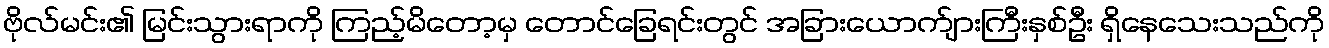
ဗိုလ်မင်း၏ မြင်းသွားရာကို ကြည့်မိတော့မှ တောင်ခြေရင်းတွင် အခြားယောက်ျားကြီးနှစ်ဦး ရှိနေသေးသည်ကို